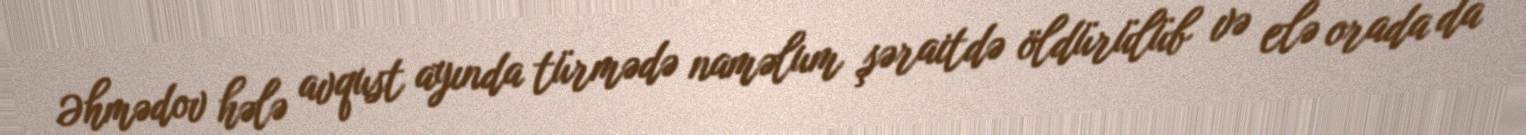
Əhmədov hələ avqust ayında türmədə naməlum şəraitdə öldürülüb və elə orada da